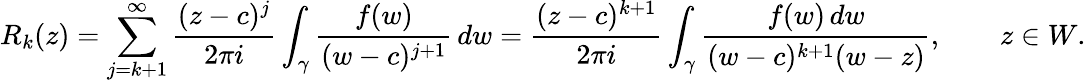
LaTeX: R_{k}(z)=\sum_{j=k+1}^{\infty}{\frac{(z-c)^{j}}{2\pi i}}\int_{\gamma}{\frac{f(w)}{(w-c)^{j+1}}}\, dw={\frac{(z-c)^{k+1}}{2\pi i}}\int_{\gamma}{\frac{f(w)\, dw}{(w-c)^{k+1}(w-z)}},\qquad z\in W.